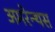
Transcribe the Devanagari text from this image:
अमरेन्थस